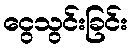
ငွေသွင်းခြင်း